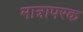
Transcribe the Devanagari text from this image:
मात्रापरक